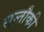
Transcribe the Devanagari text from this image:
सन्तौकी